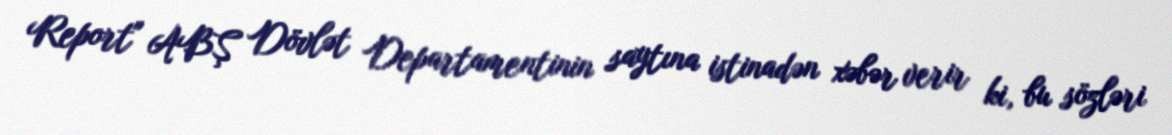
Report" ABŞ Dövlət Departamentinin saytına istinadən xəbər verir ki, bu sözləri